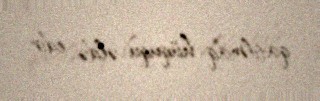
qatılmaq hüququ əldə edir.